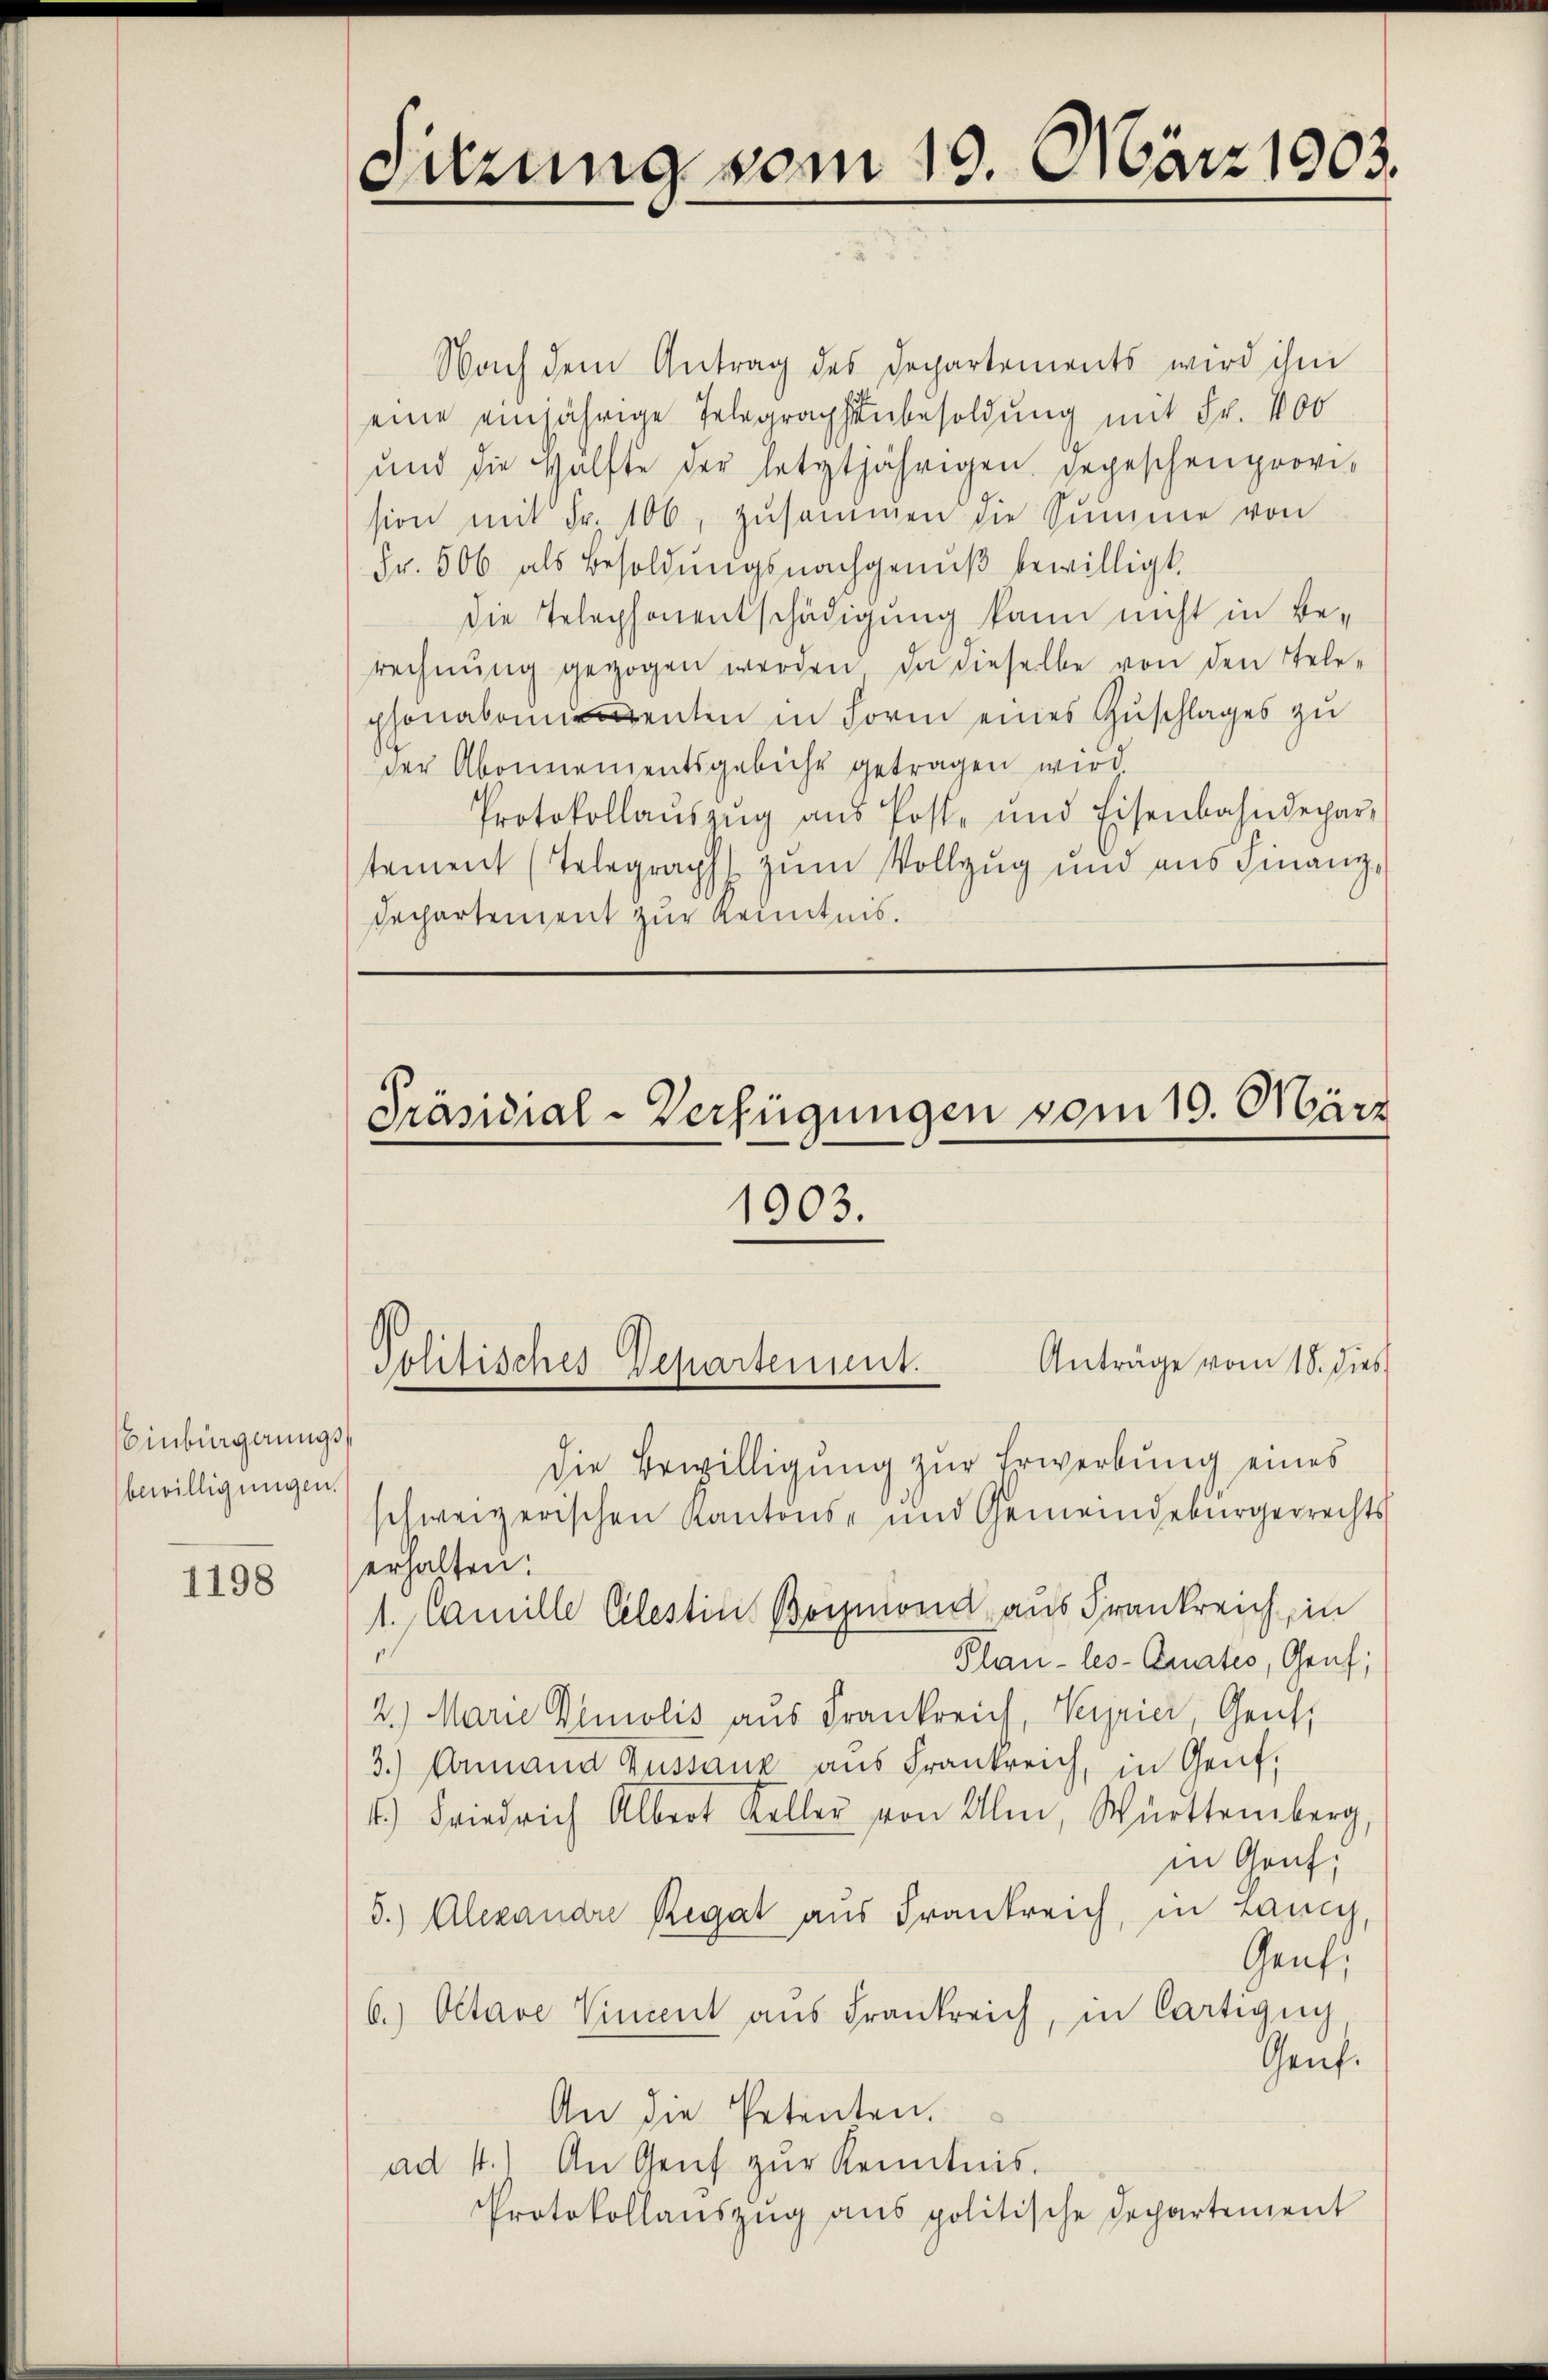
Einbürgerungsbewilligungen.

1198

Sitzung vom 19. März 1903.

Nach dem Antrag des Departements wird ihm
eine einjährige Telegraphenbesoldung mit Fr. 400
und die Hälfte der letztjährigen gegeschenprovision mit Fr. 106, zusammen die Summe von
Fr. 506 als Besoldŭngsnachgenuß bewilligt.
die Telephonentschädigung kann nicht in Be-
rechnung gezogen werden, da dieselbe von den Telephonakomenten in Form eines Zuschlages zu
der Abonnementsgebühr getragen wird
Protokollaŭszŭg ans Post- und Eisenbahndepar-
tement (Telegraph zum Vollzug und aus Finanz-
Dechartement zur Kenntnis.

Präsidial-Verfügungen vom 19. März

die Bewilligung zur Erwerbung eines
schweizerischen Kantons- und Gemeindebürgerrechts
erhalten.
1. Camille Celestin Boymond aus Frankreich, in
Plan -les-Enates, Genf;
2.) Marie Demolis aus Frankreich, Verrier, Gent,
3.) Annand Aussaux aus Frankreich, in Genf,
4.) Friedrich Albert Keller von Ulm, Württemberg,
in Genf,
5.) Alexandre Regat aus Frankreich, in Lang,
Genf,
6. Octave Vincent aus Frankreich, in Cartigu
Genf.
An die Petenten.
ad 4.) An Genf zŭr Kenntnis.
Protokollauszug aus politische Departement

1903.

Politisches Departement.

Anträge vom 18. dies